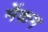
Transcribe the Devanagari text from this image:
मेंकम